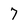
Character: 7